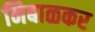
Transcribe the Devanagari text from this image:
निबाळकर